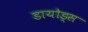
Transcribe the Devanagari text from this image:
डायोड्स